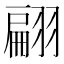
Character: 翩